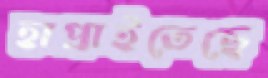
হাপ্‌রাইতেছে